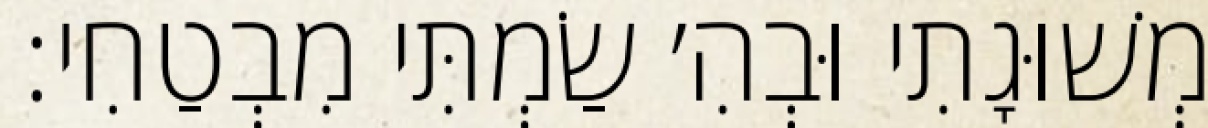
מְשׁוּגָתִי וּבְהִ׳ שַׂמְתִּי מִבְטַחִי: